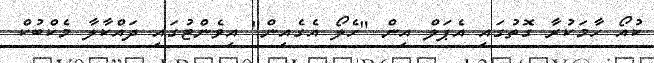
ކުއޯ ހާމަކުރާ ގޮތުގައި އެޕަލް އިން "ހެލޯ އެގެއިން" އިވެންޓުގައި ދައްކާލާ މެކްބުކް